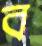
ব